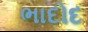
ભાદોદ